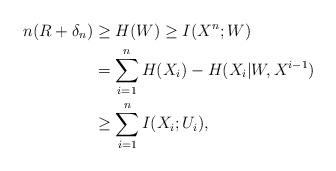
LaTeX: \begin{align*}n(R + \delta_n) &\geq H(W) \geq I(X^n;W)\\&= \sum_{i=1}^n H(X_i) -H(X_i|W,X^{i-1})\\&\geq \sum_{i=1}^n I(X_i;U_i),\end{align*}